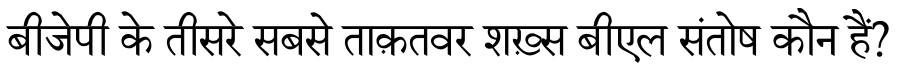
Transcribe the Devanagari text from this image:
बीजेपी के तीसरे सबसे ताक़तवर शख़्स बीएल संतोष कौन हैं?